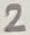
Text: 2